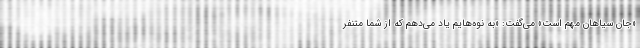
«جان سیاهان مهم است» می‌گفت: «به نوه‌هایم یاد می‌دهم که از شما متنفر